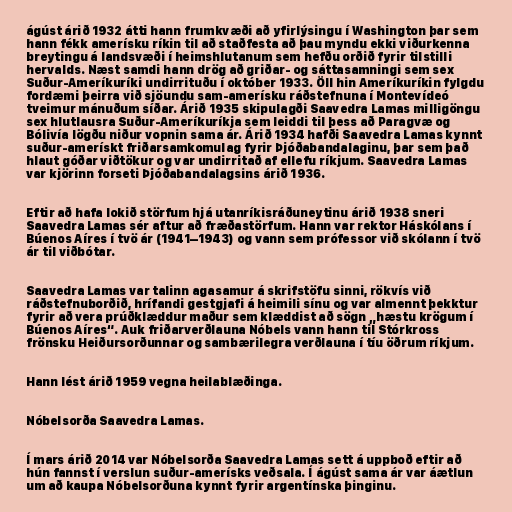
ágúst árið 1932 átti hann frumkvæði að yfirlýsingu í Washington þar sem
hann fékk amerísku ríkin til að staðfesta að þau myndu ekki viðurkenna
breytingu á landsvæði í heimshlutanum sem hefðu orðið fyrir tilstilli
hervalds. Næst samdi hann drög að griðar- og sáttasamningi sem sex
Suður-Ameríkuríki undirrituðu í október 1933. Öll hin Ameríkuríkin fylgdu
fordæmi þeirra við sjöundu sam-amerísku ráðstefnuna í Montevídeó
tveimur mánuðum síðar. Árið 1935 skipulagði Saavedra Lamas milligöngu
sex hlutlausra Suður-Ameríkuríkja sem leiddi til þess að Paragvæ og
Bólivía lögðu niður vopnin sama ár. Árið 1934 hafði Saavedra Lamas kynnt
suður-amerískt friðarsamkomulag fyrir Þjóðabandalaginu, þar sem það
hlaut góðar viðtökur og var undirritað af ellefu ríkjum. Saavedra Lamas
var kjörinn forseti Þjóðabandalagsins árið 1936.

Eftir að hafa lokið störfum hjá utanríkisráðuneytinu árið 1938 sneri
Saavedra Lamas sér aftur að fræðastörfum. Hann var rektor Háskólans í
Búenos Aíres í tvö ár (1941–1943) og vann sem prófessor við skólann í tvö
ár til viðbótar.

Saavedra Lamas var talinn agasamur á skrifstöfu sinni, rökvís við
ráðstefnuborðið, hrífandi gestgjafi á heimili sínu og var almennt þekktur
fyrir að vera prúðklæddur maður sem klæddist að sögn „hæstu krögum í
Búenos Aíres“. Auk friðarverðlauna Nóbels vann hann til Stórkross
frönsku Heiðursorðunnar og sambærilegra verðlauna í tíu öðrum ríkjum.

Hann lést árið 1959 vegna heilablæðinga.

Nóbelsorða Saavedra Lamas.

Í mars árið 2014 var Nóbelsorða Saavedra Lamas sett á uppboð eftir að
hún fannst í verslun suður-amerísks veðsala. Í ágúst sama ár var áætlun
um að kaupa Nóbelsorðuna kynnt fyrir argentínska þinginu.